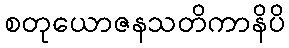
စတုယောဇနသတိကာနိပိ